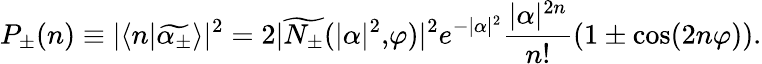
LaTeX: P_{\pm}(n)\equiv|\langle n|\widetilde{\alpha_{\pm}}\rangle|^{2}=2|\widetilde{N_{\pm}}(|\alpha|^{2}\mathrm{,}\varphi)|^{2}e^{-|\alpha|^{2}}\frac{|\alpha|^{2n}}{n!}(1\pm\cos(2n\varphi)).